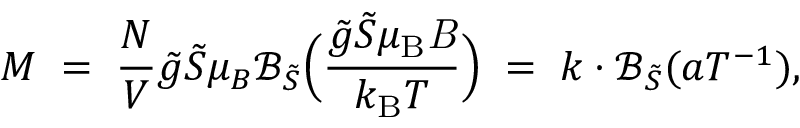
M \; = \; \frac { N } { V } \tilde { g } \tilde { S } \mu _ { B } \mathcal { B } _ { \tilde { S } } \Big ( \frac { \tilde { g } \tilde { S } \mu _ { \mathrm { B } } { \it B } } { k _ { \mathrm { B } } T } \Big ) \; = \; k \cdot \mathcal { B } _ { \tilde { S } } ( a T ^ { - 1 } ) ,